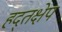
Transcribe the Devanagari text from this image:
हद्तक्षेप